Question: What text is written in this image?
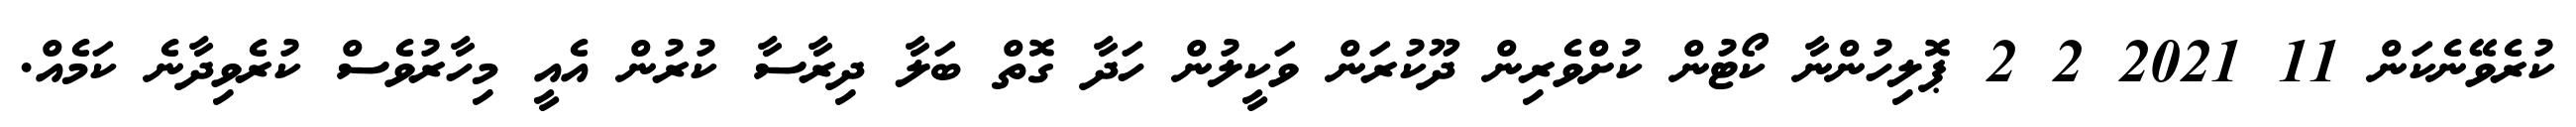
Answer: ކުރެވޭނެކަން 11 2021 2 2 ޕޮލިހުންނާ ކޯޓުން ކުށްވެރިން ދޫކުރަން ވަކީލުން ހަދާ ގޮތް ބަލާ ދިރާސާ ކުރުން އެއީ މިހާރުވެސް ކުރެވިދާނެ ކަމެއް.